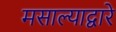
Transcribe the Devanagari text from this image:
मसाल्याद्वारे